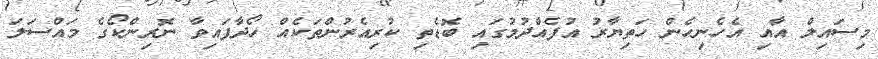
މިސައިލް އާއި އެހެނިހެން ހަތިޔާރު އުފެއްދުމުގައި ބޮޑެތި ކުރިއެރުންތަކެއް ހޯދާފައިވާ ނޮރިންކޯގެ މައްސަލަ